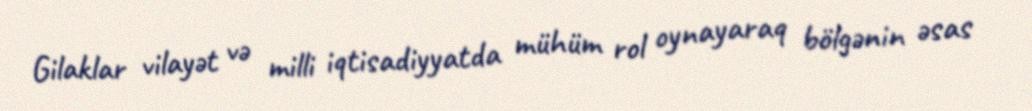
Gilaklar vilayət və milli iqtisadiyyatda mühüm rol oynayaraq bölgənin əsas